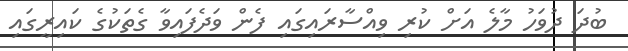
ބުދަ ދުވަހު މާލެ އަށް ކުރި ވިއްސާރައިގައި ފެން ވަދެފައިވާ ގެތަކުގެ ކައިރީގައި